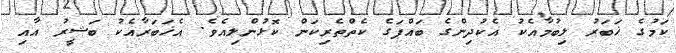
ކަމުގެ ޚަބަރު ލިބުމާއެކު އެކުދިންގެ ބައްޕަގެ ކެތްތެރިކަން ކޮޅުންލިއެވެ. އެޚަބަރާއެކު ބަޝީރު އާއި